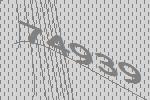
74939